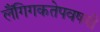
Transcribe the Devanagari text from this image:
लैंगिगकतेपवषयी